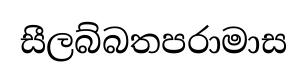
සීලබ්බතපරාමාස